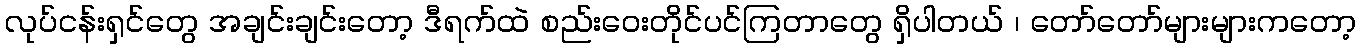
လုပ်ငန်းရှင်တွေ အချင်းချင်းတော့ ဒီရက်ထဲ စည်းဝေးတိုင်ပင်ကြတာတွေ ရှိပါတယ် ၊ တော်တော်များများကတော့